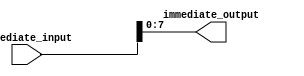
module immediate_extender (
	immediate_input, 
	immediate_output
); 
	input [23:0]immediate_input; 
	output reg [7:0]immediate_output; 
	
	
	always @(*) begin 
		immediate_output <= immediate_input[7:0]; // Take last 8-bits as the immediate value. 
	end 
	
endmodule